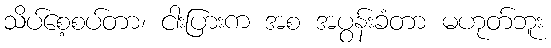
သိပ်စေ့စပ်တာ၊ ငါးပြားက အစ အပွန်းခံတာ မဟုတ်ဘူး